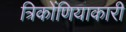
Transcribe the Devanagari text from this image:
त्रिकोंणियाकारी